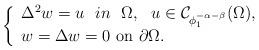
LaTeX: \begin{align*}\left\{ \begin{array}{ll}\Delta^2 w=u\ \ in\ \ \Omega ,\ \ u\in {\mathcal C}_{\phi_1 ^{-\alpha-\beta }}(\Omega ), & \\ w=\Delta w=0 \mbox{ on} \ \partial \Omega. & \end{array}\right. \end{align*}